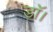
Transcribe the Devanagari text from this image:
डाॅ।